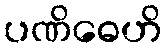
ပဏိဓေဟိ